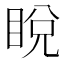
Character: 𥆟